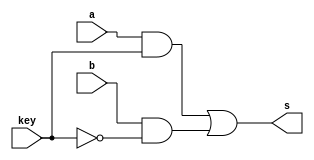
// -------------------------
// Exemplo0034 - F4
// Nome: Eduardo Manoel
// -------------------------

//-------------------------
// CHOICE
//-------------------------
module choice (output s, input a, input b, input key);
	assign s = ( (a & key) | ( b & ~key) );
endmodule // OR_GATE


//-------------------------
// OR_GATE
//-------------------------
module or_gate (output s, input a, input b);
	assign s = (a | b);
endmodule // OR_GATE

//-------------------------
// XOR_GATE
//-------------------------
module xor_gate (output s, input a, input b);
	assign s = ( (~a*b) + (a*~b) );
endmodule // XOR_GATE

// ------------------------- definir dados
module test_f4;
   reg  [3:0] x;
	reg  [3:0] y;
	reg  [0:0] key;
	
	wire [3:0] saida_xor;
	wire [3:0] saida_or;
	wire [7:0] resultado;
	
	// Descricao do circutio principal
		//Resultado da AND bit a bit
	   xor_gate xor_0 (saida_xor[0], x[0], y[0]);
		xor_gate xor_1 (saida_xor[1], x[1], y[1]);
		xor_gate xor_2 (saida_xor[2], x[2], y[2]);
		xor_gate xor_3 (saida_xor[3], x[3], y[3]);
	
		//Resultado da OR bit a bit
	   or_gate or_0 (saida_or[0], x[0], y[0]);
		or_gate or_1 (saida_or[1], x[1], y[1]);
		or_gate or_2 (saida_or[2], x[2], y[2]);
		or_gate or_3 (saida_or[3], x[3], y[3]);
	
		//Definicao do resultado de acordo com a key
		choice resultado_0 (resultado[0], saida_xor[0], saida_or[0], key);
		choice resultado_1 (resultado[1], saida_xor[1], saida_or[1], key);
		choice resultado_2 (resultado[2], saida_xor[2], saida_or[2], key);
		choice resultado_3 (resultado[3], saida_xor[3], saida_or[3], key);
		
		choice resultado_4 (resultado[4], ~saida_xor[0], ~saida_or[0], key);
		choice resultado_5 (resultado[5], ~saida_xor[1], ~saida_or[1], key);
		choice resultado_6 (resultado[6], ~saida_xor[2], ~saida_or[2], key);
		choice resultado_7 (resultado[7], ~saida_xor[3], ~saida_or[3], key);
// ------------------------- parte principal
   initial begin
		//Descricao
      $display("Exemplo0034 - Eduardo Manoel - 427396");
      $display("Test LU's module");
		$display("KEY = 0 -> OR/NOR\nKEY = 1 -> XOR/XNOR\n");
		//Testes
		#1 x = 4'b0101; y = 4'b1010; key = 0;
		$monitor("Resultado KEY = %1b\n X -> %4b \t Y-> %4b \n Resultado da porta normal-> %4b \t Resultado da porta negada: %4b\n", key, x, y, resultado[3:0], resultado[7:4]);
		#2 x = 4'b0101; y = 4'b1010; key = 1;
		
		#3 x = 4'b1111; y = 4'b0000; key = 0;
		#4 x = 4'b1111; y = 4'b0000; key = 1;
		
		#5 x = 4'b1001; y = 4'b1000; key = 0;
		#6 x = 4'b1001; y = 4'b1000; key = 1;
		
		#7 x = 4'b1111; y = 4'b1111; key = 0;
		#8 x = 4'b1111; y = 4'b1111; key = 1;
end
endmodule // test_f4